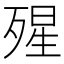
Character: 𣨾